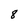
Character: 8